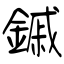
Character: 鏚